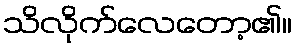
သိလိုက်လေတော့၏။